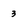
Character: 3